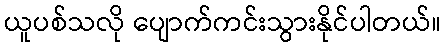
ယူပစ်သလို ပျောက်ကင်းသွားနိုင်ပါတယ်။